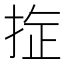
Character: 𪭻